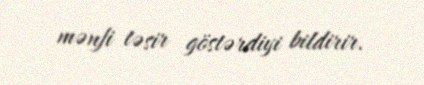
mənfi təsir göstərdiyi bildirir.